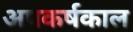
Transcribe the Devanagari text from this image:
अपकर्षकाल